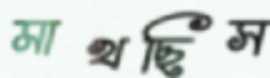
মাখছিস